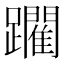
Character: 躙